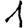
Digit: 1